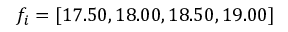
f _ { i } = [ 1 7 . 5 0 , 1 8 . 0 0 , 1 8 . 5 0 , 1 9 . 0 0 ]